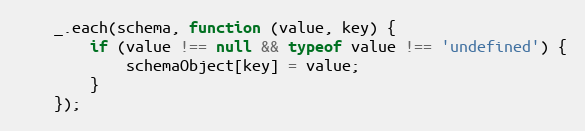
Language: JavaScript
    _.each(schema, function (value, key) {
        if (value !== null && typeof value !== 'undefined') {
            schemaObject[key] = value;
        }
    });